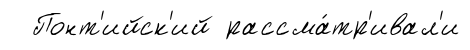
Понт'ийск'ий рассма́тр'ивал'и